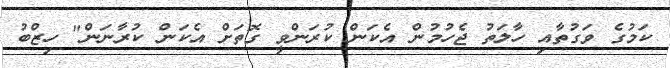
ކަމުގެ ވަގުތާއި ހާލަތު ޖެހުމުން އެކަން ކުރަންވީ ގޮތަށް އެކަން ކުރާނަން" ހިޒްބު